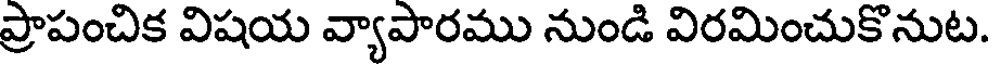
ప్రాపంచిక విషయ వ్యాపారము నుండి విరమించుకొనుట.